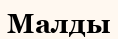
Малды